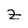
Character: z